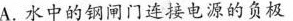
A.水中的钢闸门连接电源的负极